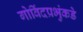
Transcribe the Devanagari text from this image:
गोविंदप्रभुंकडे